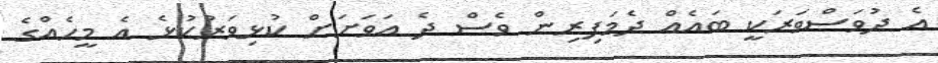
އެ ދުވަސްވަރަކީ ބައެއް ދެމަފިރިން ވެސް ދެ އަވަށަށް ކުޅިވަރުކުޅެ އެ މީހެއްގެ